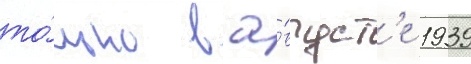
то́лько в а́вгуст'е 1939